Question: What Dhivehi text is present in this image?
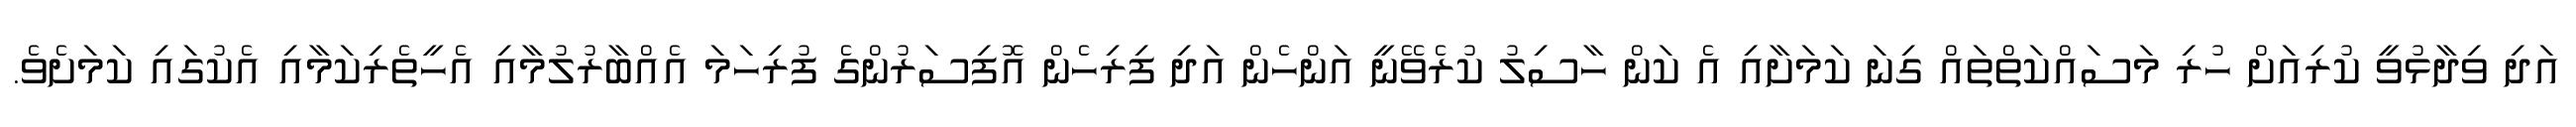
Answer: އަދި ވިދާޅުވީ ކުރިއަށް ހުރި މަސައްކަތްތައް ގިނަ ކަމަށާއި އެ ކަން ހާސިލު ކުރެވޭނީ އަންހެން އަދި ފިރިހެން އޮފިސަރުންގެ ފުރިހަމަ އެއްބާރުލުމާއި އެހީތެރިކަމާއި އެކުގައި ކަމަށެވެ.